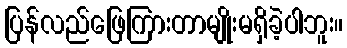
ပြန်လည်ဖြေကြားတာမျိုးမရှိခဲ့ပါဘူး။